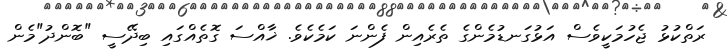
ރަތްކުޅު ޖެހުމަކީވެސް އަޅުގަނޑުމެންގެ ތެރެއިން ފެންނަ ކަމެކެވެ. ޚާއްސަ ގޮތެއްގައި ބިދޭސީ "ބޮންދު"މެން